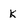
Character: k